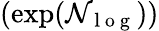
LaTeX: (\exp(\mathcal{N}_{\mathrm{{~l~o~g~}}}))